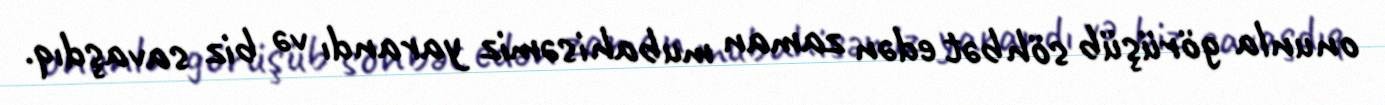
onunla görüşüb söhbət edən zaman mubahisəmiz yarandı və biz savaşdıq.